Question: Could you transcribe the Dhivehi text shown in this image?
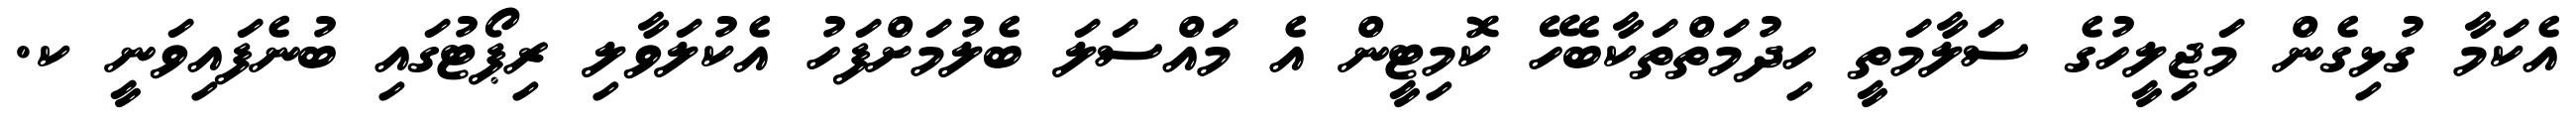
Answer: އެކަމާ ގުޅިގެން މަޖިލީހުގެ ސަލާމަތީ ހިދުމަތްތަކާބެހޭ ކޮމިޓީން އެ މައްސަލަ ބެލުމަށްފަހު އެކުލަވާލި ރިޕޯޓުގައި ބުނެފައިވަނީ ކ.